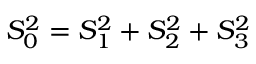
S _ { 0 } ^ { 2 } = S _ { 1 } ^ { 2 } + S _ { 2 } ^ { 2 } + S _ { 3 } ^ { 2 }